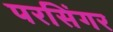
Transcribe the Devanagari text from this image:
परसिंगर